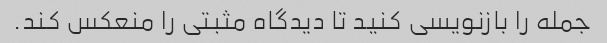
جمله را بازنویسی کنید تا دیدگاه مثبتی را منعکس کند.